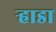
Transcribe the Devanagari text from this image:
र्‍हाडा